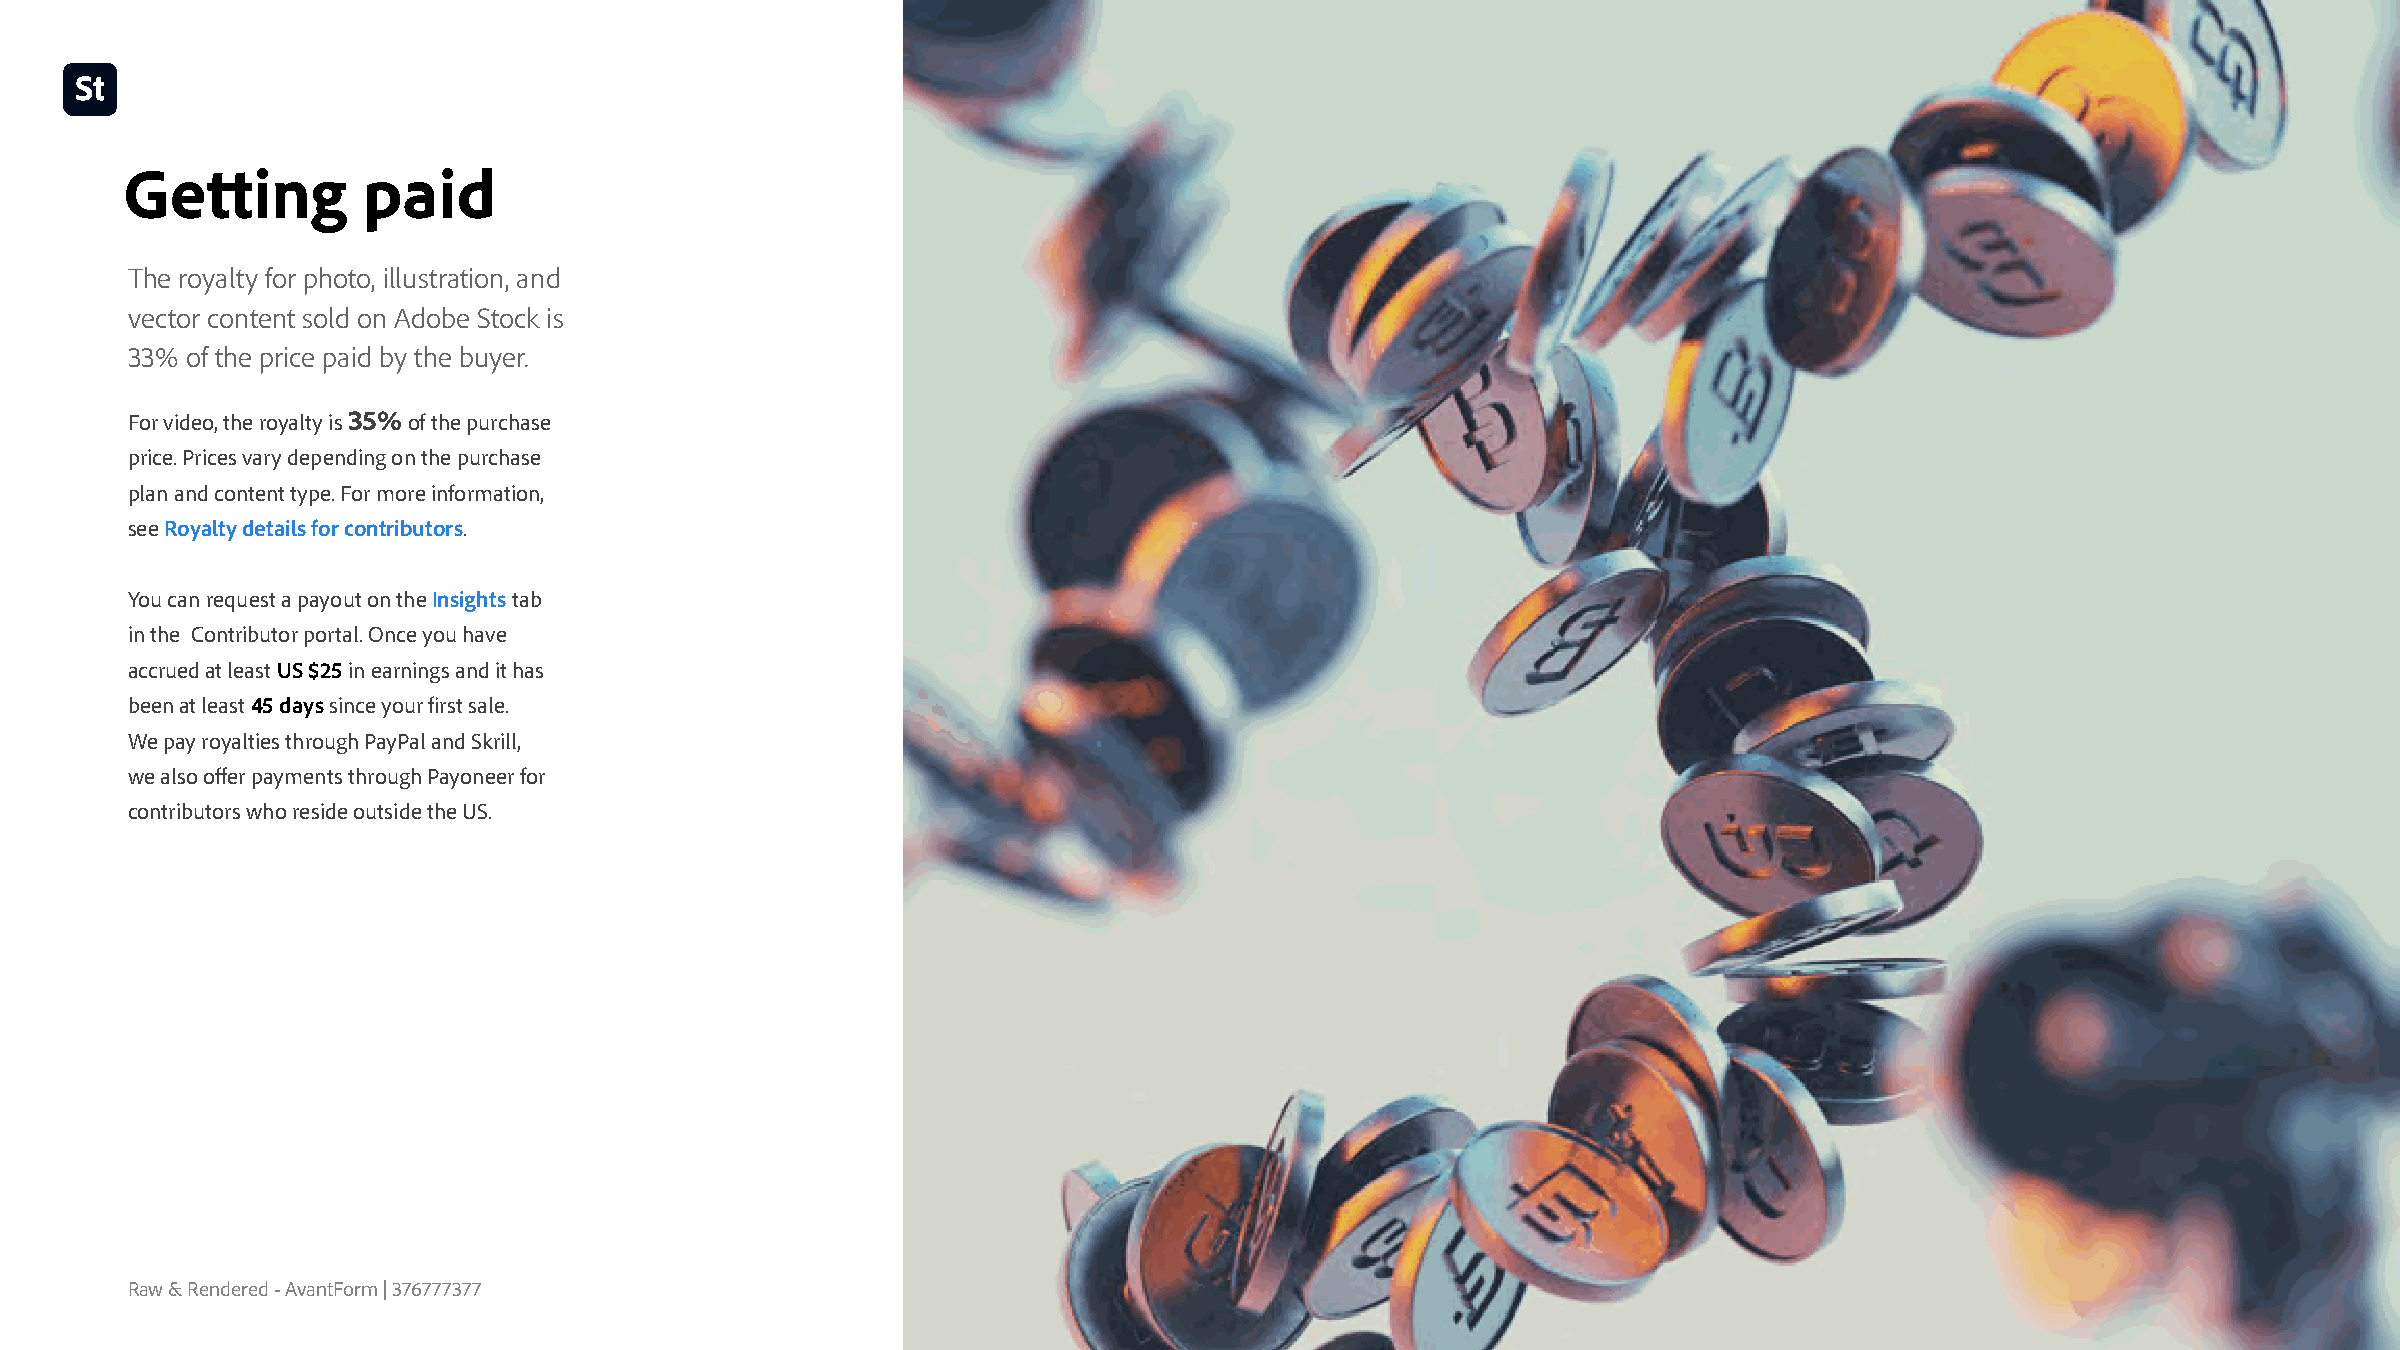
Getting         paid
 The royalty for photo, illustration, and
 vector content sold on Adobe Stock is
 33% of the price paid by the buyer.
 For video, the royalty is 35% of the purchase
 price. Prices vary depending on the purchase
 plan and content type. For more information,
 see Royalty details for contributors.
 You can request a payout on the Insights tab
 in the Contributor portal. Once you have
 accrued at least US $25 in earnings and it has
 been at least 45 days since your first sale.
 We pay royalties through PayPal and Skrill,
 we also offer payments through Payoneer for
 contributors who reside outside the US.
 Raw & Rendered - AvantForm | 376777377